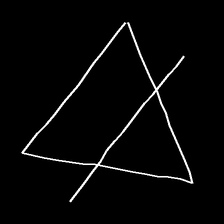
Glyph: empower